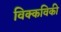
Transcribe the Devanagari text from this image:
विक्कविकी